Leaving Certificate Examination (including Day School Certificate (Higher) General paper), 1927
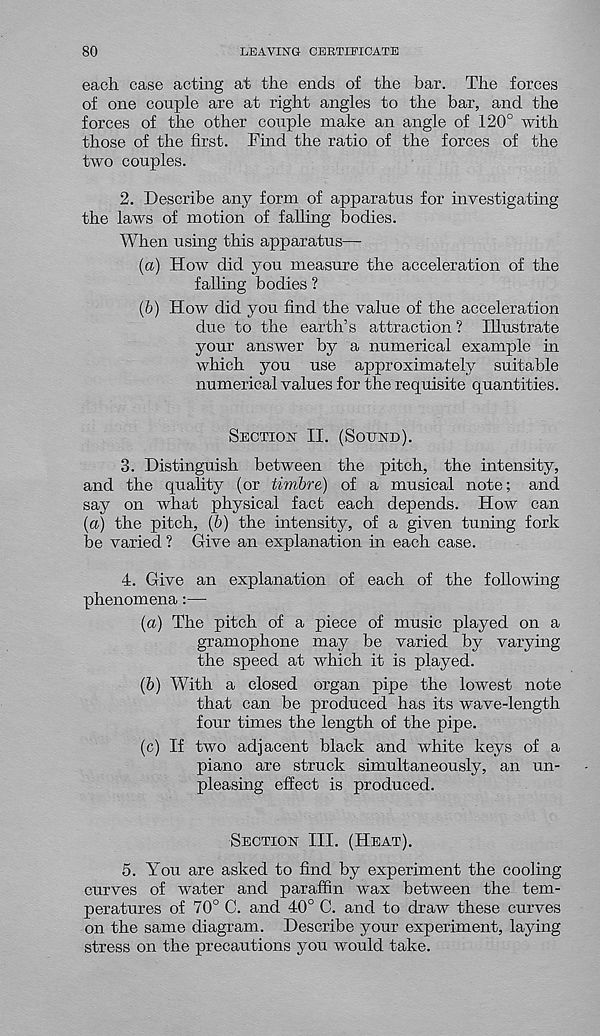
80
LEAVING CERTIFICATE
each case acting at the ends of the bar. The forces
of one couple are at right angles to the bar, and the
forces of the other couple make an angle of 120° with
those of the first. Find the ratio of the forces of the
two couples.
2. Describe any form of apparatus for investigating
the laws of motion of falling bodies.
When using this apparatus—
(а) How did you measure the acceleration of the
falling bodies ?
(б) How did you find the value of the acceleration
due to the earth’s attraction? Illustrate
your answer by a numerical example in
which you use approximately suitable
numerical values for the requisite quantities.
Section II. (Sound).
3. Distinguish between the pitch, the intensity,
and the quality (or timbre) of a musical note; and
say on what physical fact each depends. How can
{a) the pitch, (6) the intensity, of a given tuning fork
be varied ? Give an explanation in each case.
4. Give an explanation of each of the following
phenomena:—
(<x) The pitch of a piece of music played on a
gramophone may be varied by varying
the speed at which it is played.
(5) With a closed organ pipe the lowest note
that can be produced has its wave-length
four times the length of the pipe.
(c) If two adjacent black and white keys of a
piano are struck simultaneously, an un-
pleasing effect is produced.
Section III. (Heat).
5. You are asked to find by experiment the cooling
curves of water and paraffin wax between the tem-
peratures of 70° C. and 40° C. and to draw these curves
on the same diagram. Describe your experiment, laying
stress on the precautions you would take.